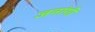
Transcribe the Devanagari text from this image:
जनांगी